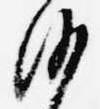
沙